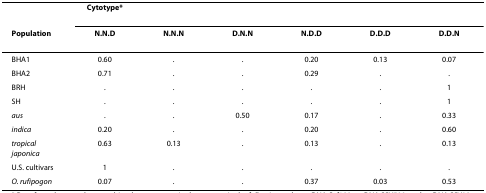
|  | Cytotype* |  |  |  |  |  |
 | Population | N.N.D | N.N.N | D.N.N | N.D.D | D.D.D | D.D.N |
 | --- | --- | --- | --- | --- | --- | --- |
 | BHA1 | 0.60 | . | . | 0.20 | 0.13 | 0.07 |
 | BHA2 | 0.71 | . | . | 0.29 | . | . |
 | BRH | . | . | . | . | . | 1 |
 | SH | . | . | . | . | . | 1 |
 | aus | . | . | 0.50 | 0.17 | . | 0.33 |
 | indica | 0.20 | . | . | 0.20 | . | 0.60 |
 | tropical japonica | 0.63 | 0.13 | . | 0.13 | . | 0.13 |
 | U.S. cultivars | 1 | . | . | . | . | . |
 | O. rufipogon | 0.07 | . | . | 0.37 | 0.03 | 0.53 |